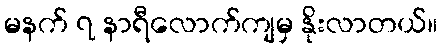
မနက် ၇ နာရီလောက်ကျမှ နိုးလာတယ်။